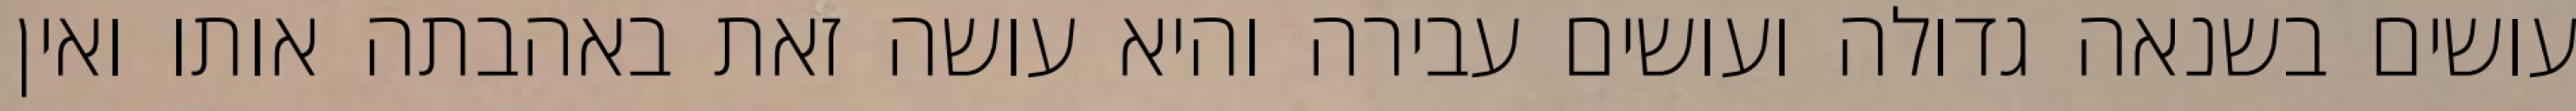
עושים בשנאה גדולה ועושים עבירה והיא עושה זאת באהבתה אותו ואין